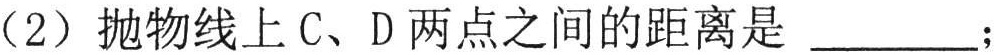
（2）抛物线上\(C、D\)两点之间的距离是 \underline{\qquad}；